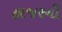
હાજરની